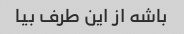
باشه از این طرف بیا